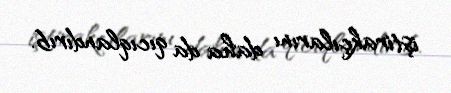
iştirakçılarını daha da qıcıqlandırıb.